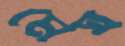
মেঘ